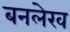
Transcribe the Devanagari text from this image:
बनलेख